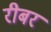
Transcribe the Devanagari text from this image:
रीबर